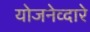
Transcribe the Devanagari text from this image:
योजनेव्दारे